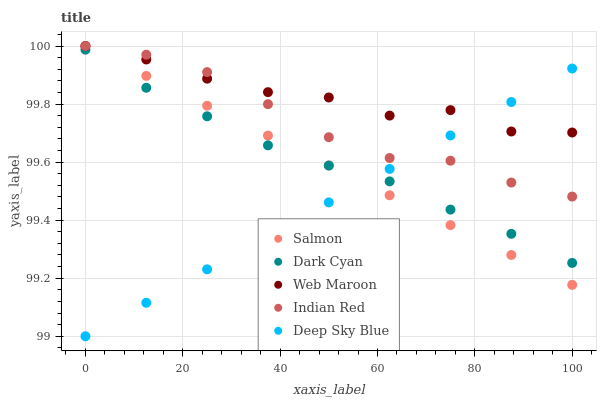
| xaxis_label | Salmon | Dark Cyan | Web Maroon | Indian Red | Deep Sky Blue |
 | --- | --- | --- | --- | --- | --- |
 | 0 | 100 | 100 | 100 | 100 | 99 |
 | 12.5 | 99.9 | 99.9 | 100 | 100 | 99.1 |
 | 25 | 99.8 | 99.8 | 99.9 | 99.9 | 99.2 |
 | 37.5 | 99.7 | 99.7 | 99.8 | 99.8 | 99.3 |
 | 50 | 99.6 | 99.6 | 99.8 | 99.7 | 99.5 |
 | 62.5 | 99.5 | 99.5 | 99.8 | 99.6 | 99.6 |
 | 75 | 99.4 | 99.4 | 99.8 | 99.6 | 99.7 |
 | 87.5 | 99.3 | 99.4 | 99.7 | 99.5 | 99.8 |
 | 100 | 99.2 | 99.3 | 99.7 | 99.5 | 99.9 |